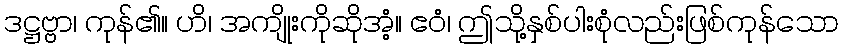
ဒဋ္ဌဗ္ဗာ၊ ကုန်၏။ ဟိ၊ အကျိုးကိုဆိုအံ့။ ဧဝံ၊ ဤသို့နှစ်ပါးစုံလည်းဖြစ်ကုန်သော